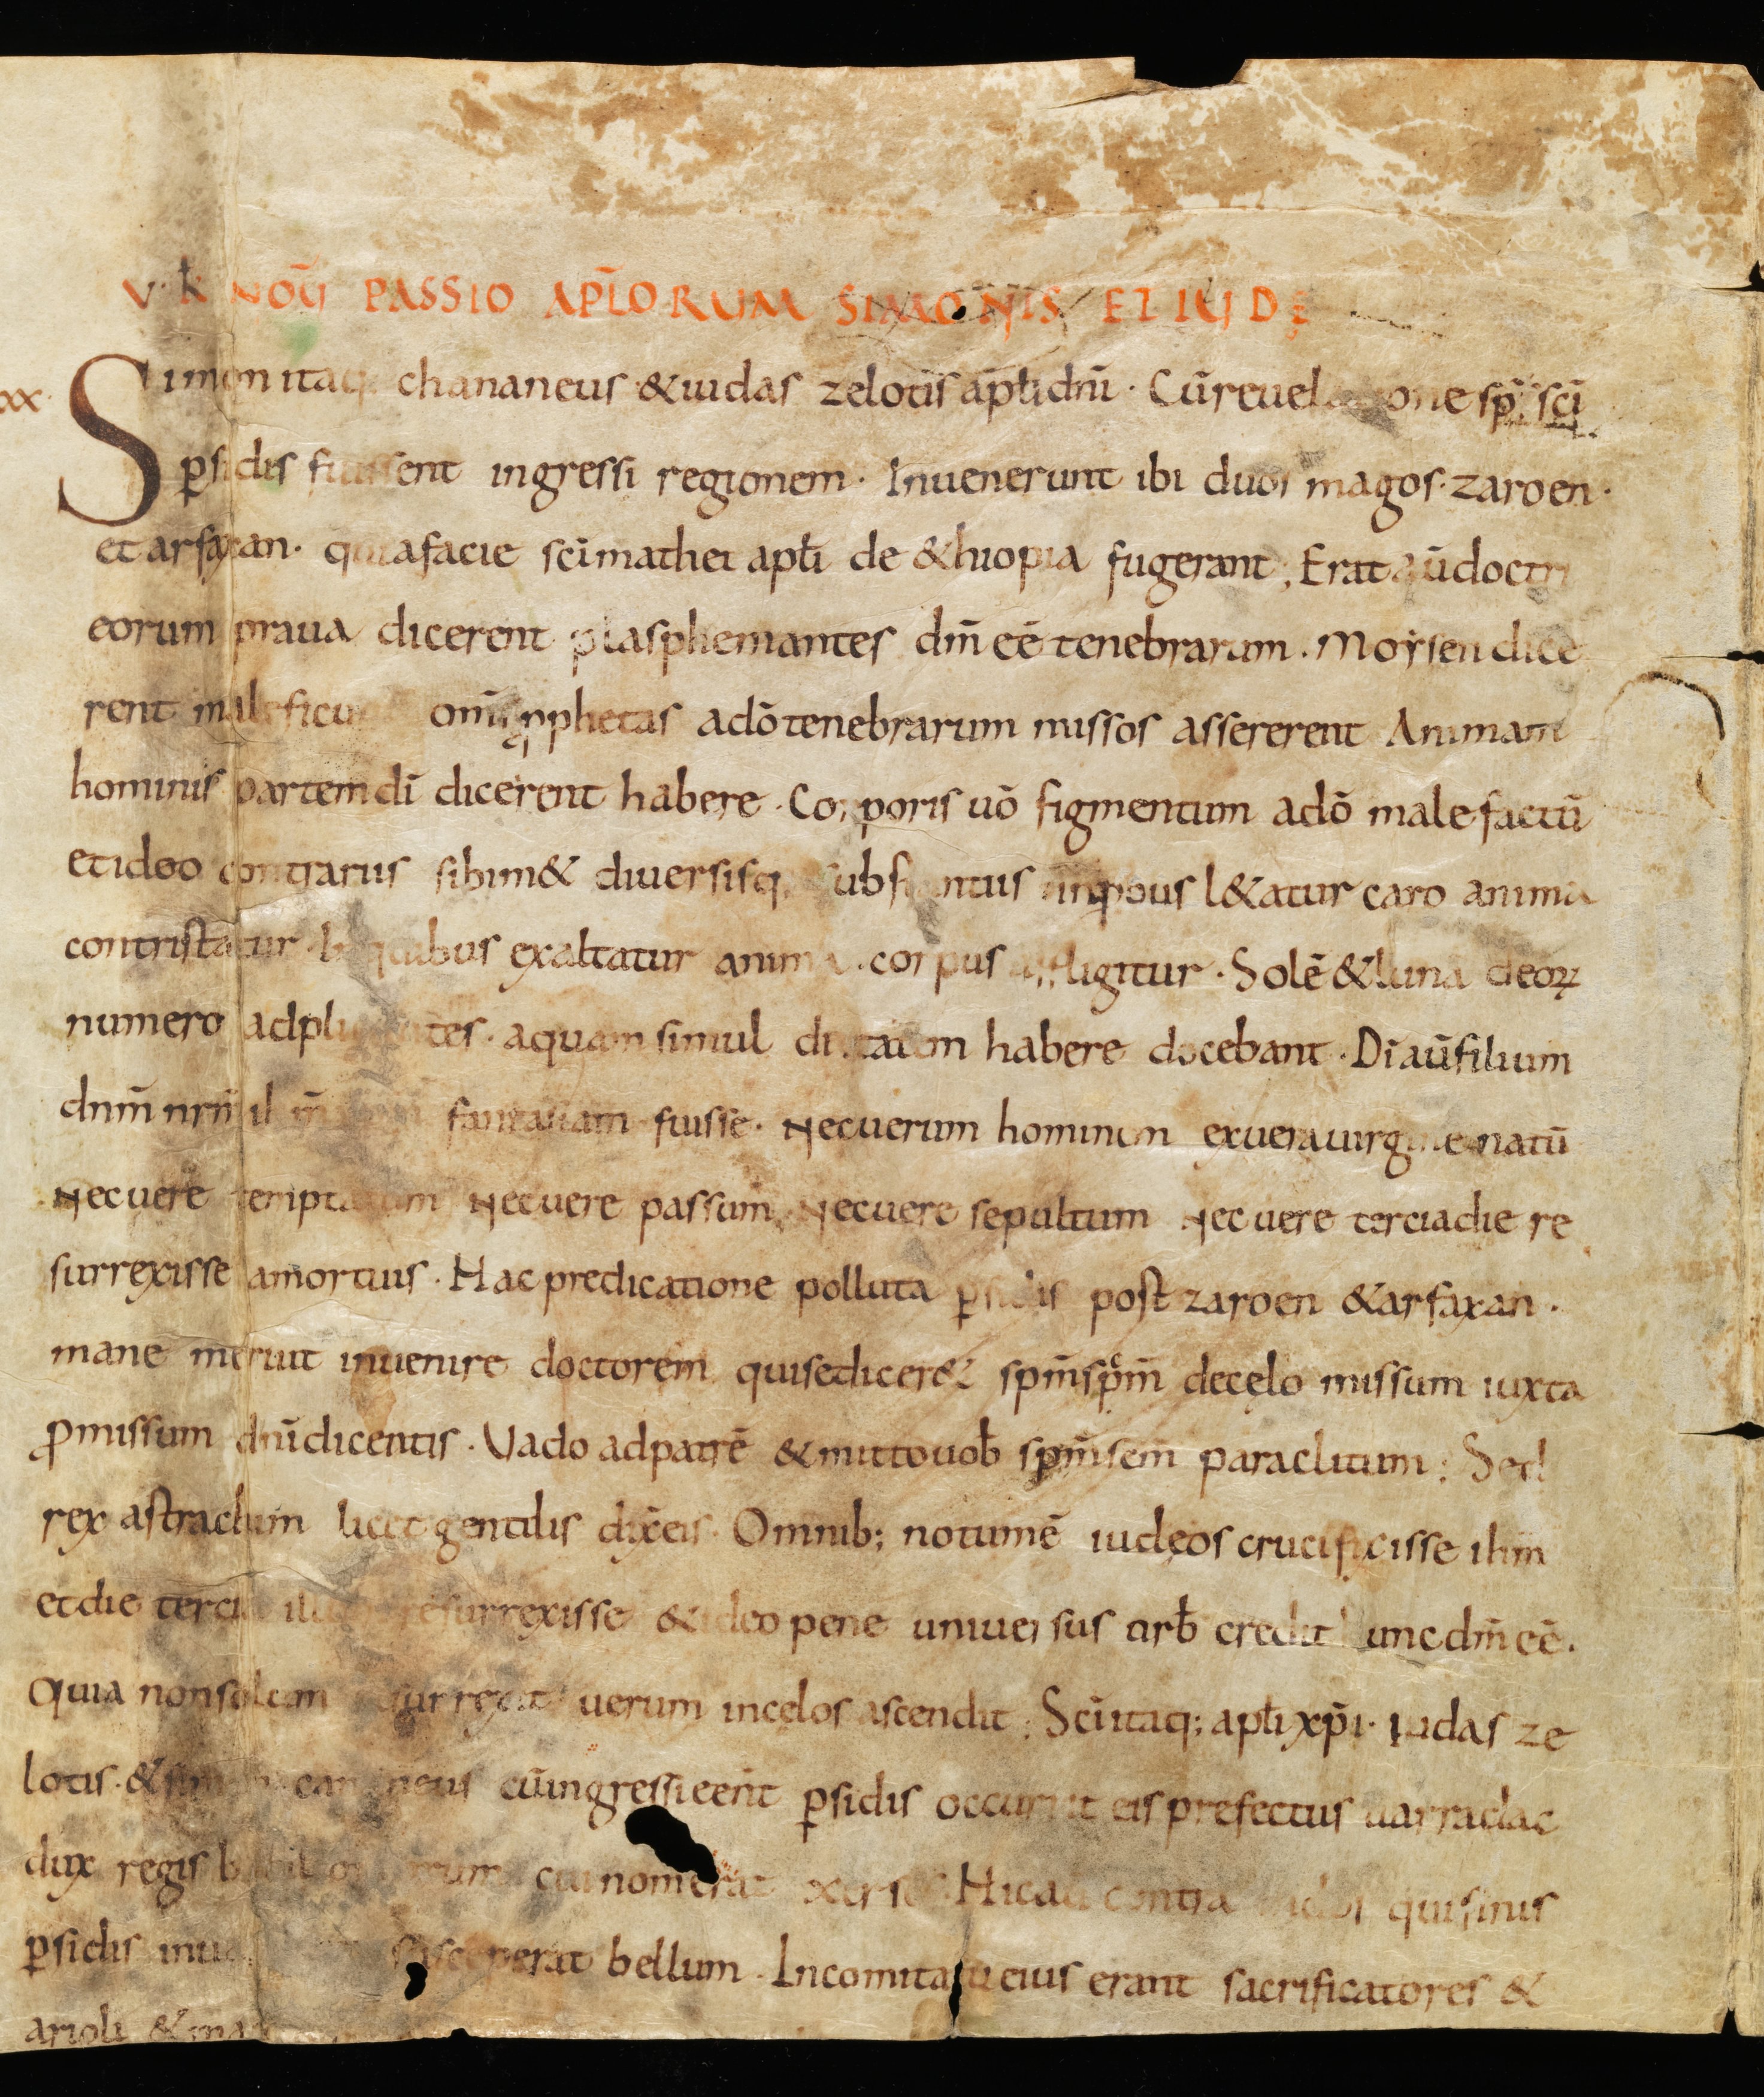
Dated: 800–849